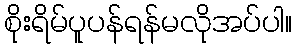
စိုးရိမ်ပူပန်ရန်မလိုအပ်ပါ။